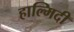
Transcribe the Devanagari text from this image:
हाल्मिदी